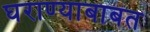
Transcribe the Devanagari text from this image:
घराण्याबाबत